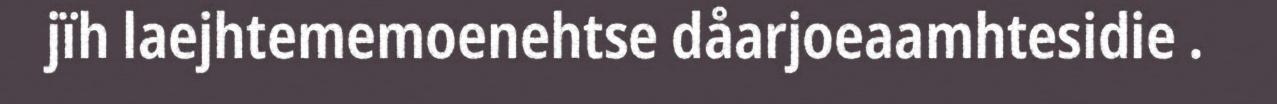
jïh laejhtememoenehtse dåarjoeaamhtesidie .